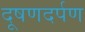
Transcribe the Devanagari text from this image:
दूषणदर्पण